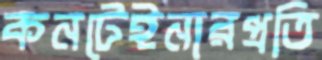
কনটেইনারপ্রতি